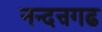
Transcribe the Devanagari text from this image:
नन्दऩगढ